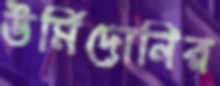
উর্মিদোনির